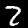
Digit: 2